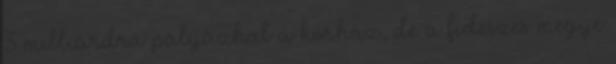
3 milliárdra pályázhat a kórház, de a fideszes megye